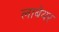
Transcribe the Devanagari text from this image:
लाबेयर